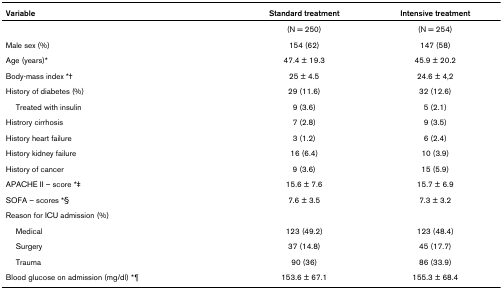
| Variable | Standard treatment | Intensive treatment |
 | --- | --- | --- |
 |  | (N = 250) | (N = 254) |
 | Male sex (%) | 154 (62) | 147 (58) |
 | Age (years)* | 47.4 ± 19.3 | 45.9 ± 20.2 |
 | Body-mass index *† | 25 ± 4.5 | 24.6 ± 4,2 |
 | History of diabetes (%) | 29 (11.6) | 32 (12.6) |
 | Treated with insulin | 9 (3.6) | 5 (2.1) |
 | Histrory cirrhosis | 7 (2.8) | 9 (3.5) |
 | History heart failure | 3 (1.2) | 6 (2.4) |
 | History kidney failure | 16 (6.4) | 10 (3.9) |
 | History of cancer | 9 (3.6) | 15 (5.9) |
 | APACHE II – score *‡ | 15.6 ± 7.6 | 15.7 ± 6.9 |
 | SOFA – scores *§ | 7.6 ± 3.5 | 7.3 ± 3.2 |
 | Reason for ICU admission (%) |  |  |
 | Medical | 123 (49.2) | 123 (48.4) |
 | Surgery | 37 (14.8) | 45 (17.7) |
 | Trauma | 90 (36) | 86 (33.9) |
 | Blood glucose on admission (mg/dl) *¶ | 153.6 ± 67.1 | 155.3 ± 68.4 |